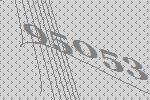
95053